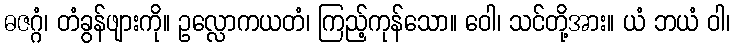
ဓဇဂ္ဂံ၊ တံခွန်ဖျားကို။ ဥလ္လောကယတံ၊ ကြည့်ကုန်သော။ ဝေါ၊ သင်တို့အား။ ယံ ဘယံ ဝါ၊